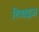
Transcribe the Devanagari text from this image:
रिवाइज़